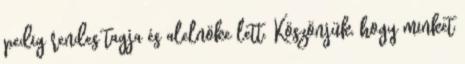
pedig rendes tagja és alelnöke lett. Köszönjük, hogy minket